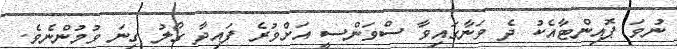
ނުވަ ޕޮއިންޓާއެކު ދެ ވަނާގައިވާ ސްވަންސީ އަށްވުރެ ފައިދާ ގޯލު ގިނަ ވުމުންނެވެ.